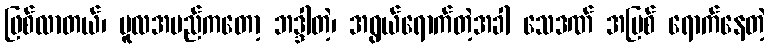
ဖြစ်လာတယ်၊ မူလအမည်ကတော့ ဘဒ္ဒါတဲ့၊ အရွယ်ရောက်တဲ့အခါ သေဒဏ် အပြစ် ရောက်နေတဲ့